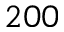
2 0 0